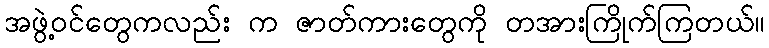
အဖွဲ့ဝင်တွေကလည်း က ဇာတ်ကားတွေကို တအားကြိုက်ကြတယ်။